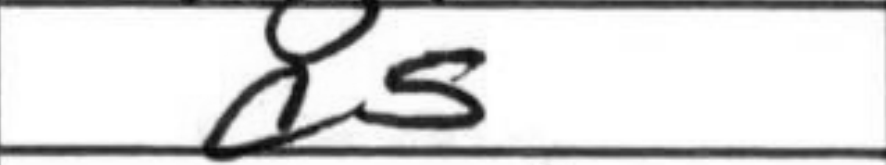
Transcription: a5